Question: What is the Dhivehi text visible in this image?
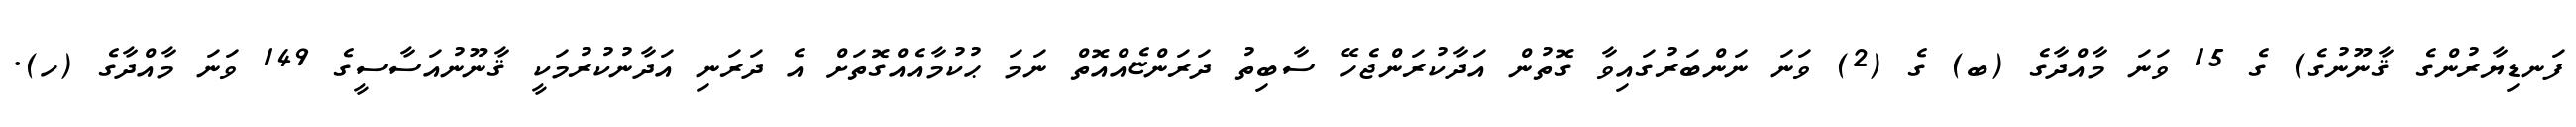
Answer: ފަނޑިޔާރުންގެ ޤާނޫނުގެ) ގެ 15 ވަނަ މާއްދާގެ (ބ) ގެ (2) ވަނަ ނަންބަރުގައިވާ ގޮތުން އަދާކުރަންޖެހޭ ސާބިތު ދަރަންޏެއްއޮތް ނަމަ ޙުކުމާއެއްގޮތަށް އެ ދަރަނި އަދާނުކުރުމަކީ ޤާނޫނުއަސާސީގެ 149 ވަނަ މާއްދާގެ (ހ).